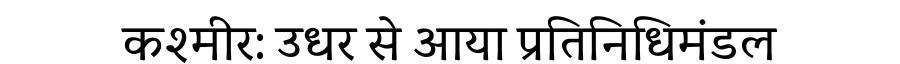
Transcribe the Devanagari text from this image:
कश्मीर: उधर से आया प्रतिनिधिमंडल